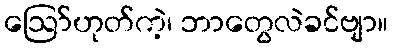
ဪဟုတ်ကဲ့၊ ဘာတွေလဲခင်ဗျာ။